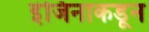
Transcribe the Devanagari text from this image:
इंजिनाकडून